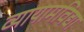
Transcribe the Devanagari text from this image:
व्यायामविद्या